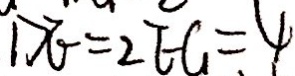
D E = 2 E G = 4